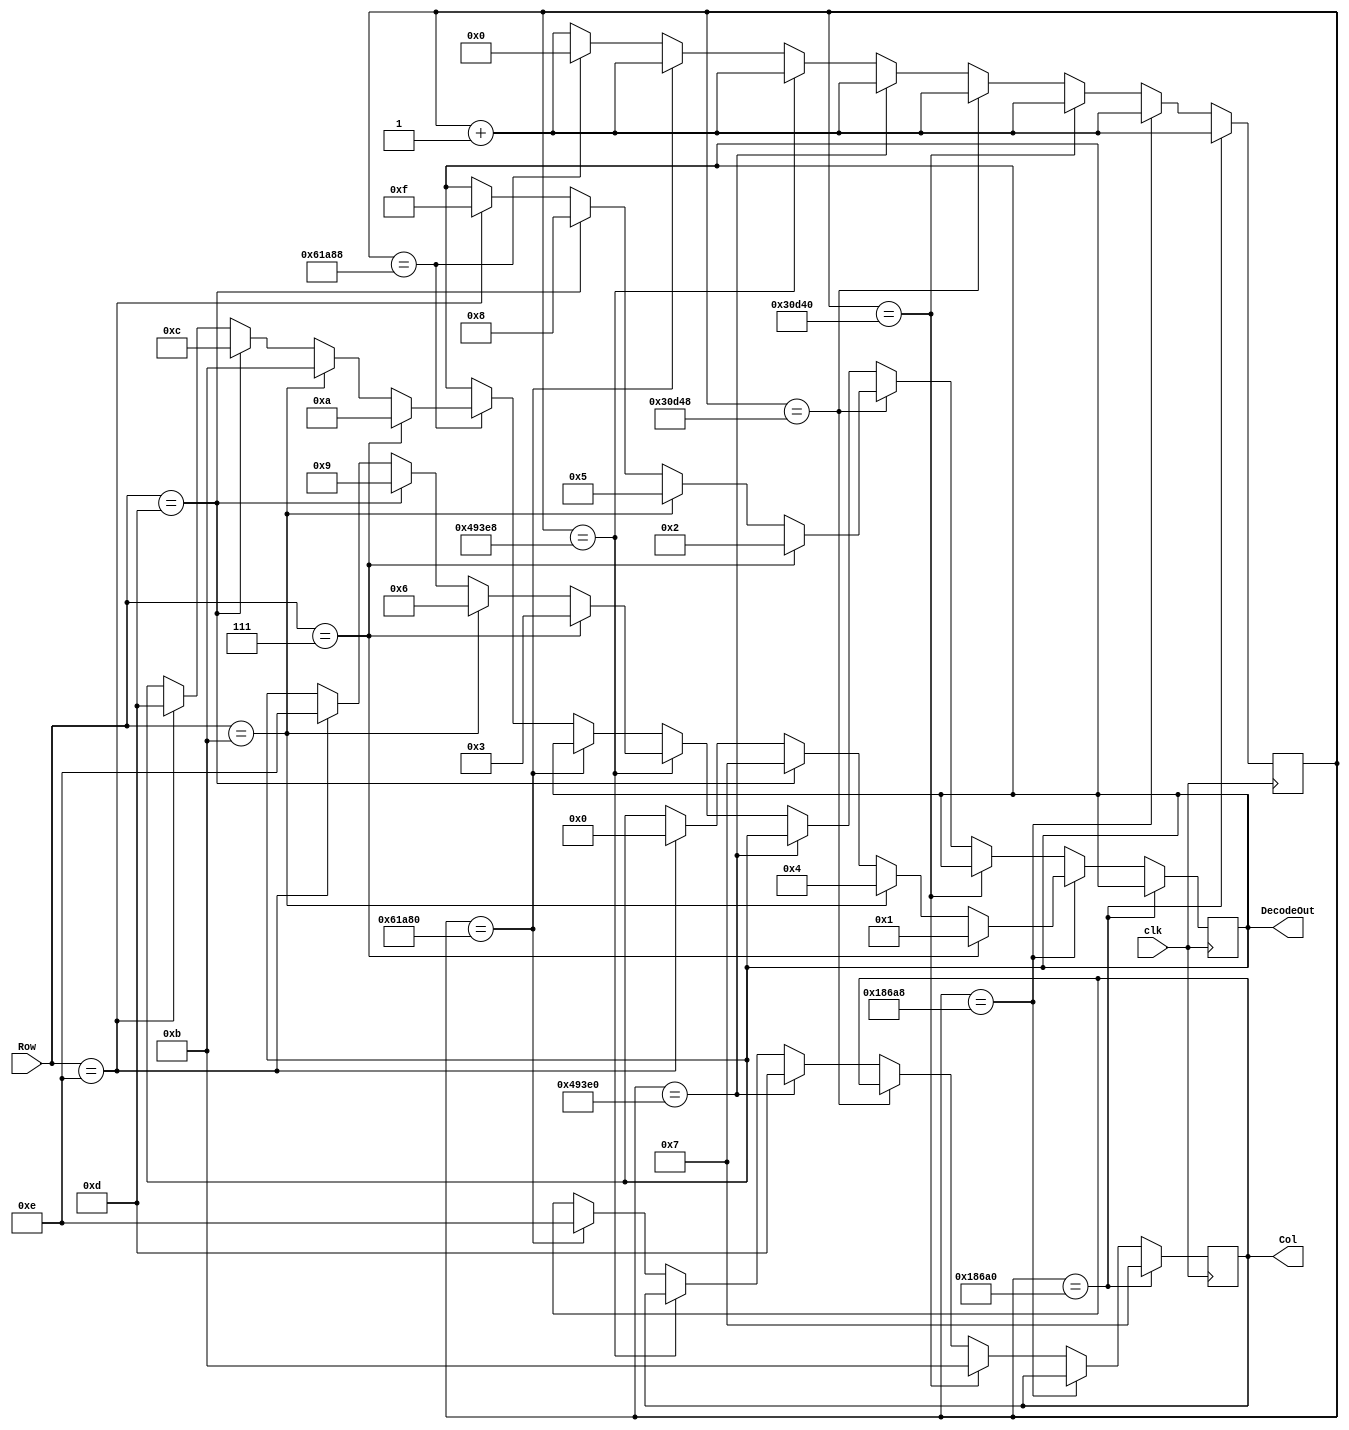
// ==============================================================================================
// 												Define Module
// ==============================================================================================
module Decoder(
    clk,
    Row,
    Col,
    DecodeOut
    );

// ==============================================================================================
// 											Port Declarations
// ==============================================================================================
    input clk;						// 100MHz onboard clock
    input [3:0] Row;				// Rows on KYPD
    output [3:0] Col;			// Columns on KYPD
    output [3:0] DecodeOut;	// Output data

// ==============================================================================================
// 							  		Parameters, Regsiters, and Wires
// ==============================================================================================
	
	// Output wires and registers
	reg [3:0] Col;
	reg [3:0] DecodeOut;
	
	// Count register
	reg [19:0] sclk;

// ==============================================================================================
// 												Implementation
// ==============================================================================================

	always @(posedge clk) begin

			// 1ms
			if (sclk == 20'b00011000011010100000) begin
				//C1
				Col <= 4'b0111;
				sclk <= sclk + 1'b1;
			end
			
			// check row pins
			else if(sclk == 20'b00011000011010101000) begin
				//R1
				if (Row == 4'b0111) begin
					DecodeOut <= 4'b0001;		//1
				end
				//R2
				else if(Row == 4'b1011) begin
					DecodeOut <= 4'b0100; 		//4
				end
				//R3
				else if(Row == 4'b1101) begin
					DecodeOut <= 4'b0111; 		//7
				end
				//R4
				else if(Row == 4'b1110) begin
					DecodeOut <= 4'b0000; 		//0
				end
				sclk <= sclk + 1'b1;
			end

			// 2ms
			else if(sclk == 20'b00110000110101000000) begin
				//C2
				Col<= 4'b1011;
				sclk <= sclk + 1'b1;
			end
			
			// check row pins
			else if(sclk == 20'b00110000110101001000) begin
				//R1
				if (Row == 4'b0111) begin
					DecodeOut <= 4'b0010; 		//2
				end
				//R2
				else if(Row == 4'b1011) begin
					DecodeOut <= 4'b0101; 		//5
				end
				//R3
				else if(Row == 4'b1101) begin
					DecodeOut <= 4'b1000; 		//8
				end
				//R4
				else if(Row == 4'b1110) begin
					DecodeOut <= 4'b1111; 		//F
				end
				sclk <= sclk + 1'b1;
			end

			//3ms
			else if(sclk == 20'b01001001001111100000) begin
				//C3
				Col<= 4'b1101;
				sclk <= sclk + 1'b1;
			end
			
			// check row pins
			else if(sclk == 20'b01001001001111101000) begin
				//R1
				if(Row == 4'b0111) begin
					DecodeOut <= 4'b0011; 		//3	
				end
				//R2
				else if(Row == 4'b1011) begin
					DecodeOut <= 4'b0110; 		//6
				end
				//R3
				else if(Row == 4'b1101) begin
					DecodeOut <= 4'b1001; 		//9
				end
				//R4
				else if(Row == 4'b1110) begin
					DecodeOut <= 4'b1110; 		//E
				end

				sclk <= sclk + 1'b1;
			end

			//4ms
			else if(sclk == 20'b01100001101010000000) begin
				//C4
				Col<= 4'b1110;
				sclk <= sclk + 1'b1;
			end

			// Check row pins
			else if(sclk == 20'b01100001101010001000) begin
				//R1
				if(Row == 4'b0111) begin
					DecodeOut <= 4'b1010; //A
				end
				//R2
				else if(Row == 4'b1011) begin
					DecodeOut <= 4'b1011; //B
				end
				//R3
				else if(Row == 4'b1101) begin
					DecodeOut <= 4'b1100; //C
				end
				//R4
				else if(Row == 4'b1110) begin
					DecodeOut <= 4'b1101; //D
				end
				sclk <= 20'b00000000000000000000;
			end

			// Otherwise increment
			else begin
				sclk <= sclk + 1'b1;
			end
			
	end

endmodule